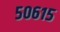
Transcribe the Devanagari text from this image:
५०६१५